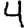
Digit: 4